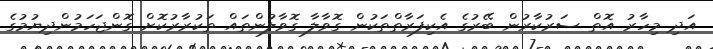
އަދި މިހާރު އޮތް ސަރުކާރުން ބޭރުގެ އެކިފަރާތްތަކުން ގޮވާލާ ގޮވާލުންތައް ތަކުރާރުކޮށް ގޮންޖަހަމުންދިޔުމުގެ